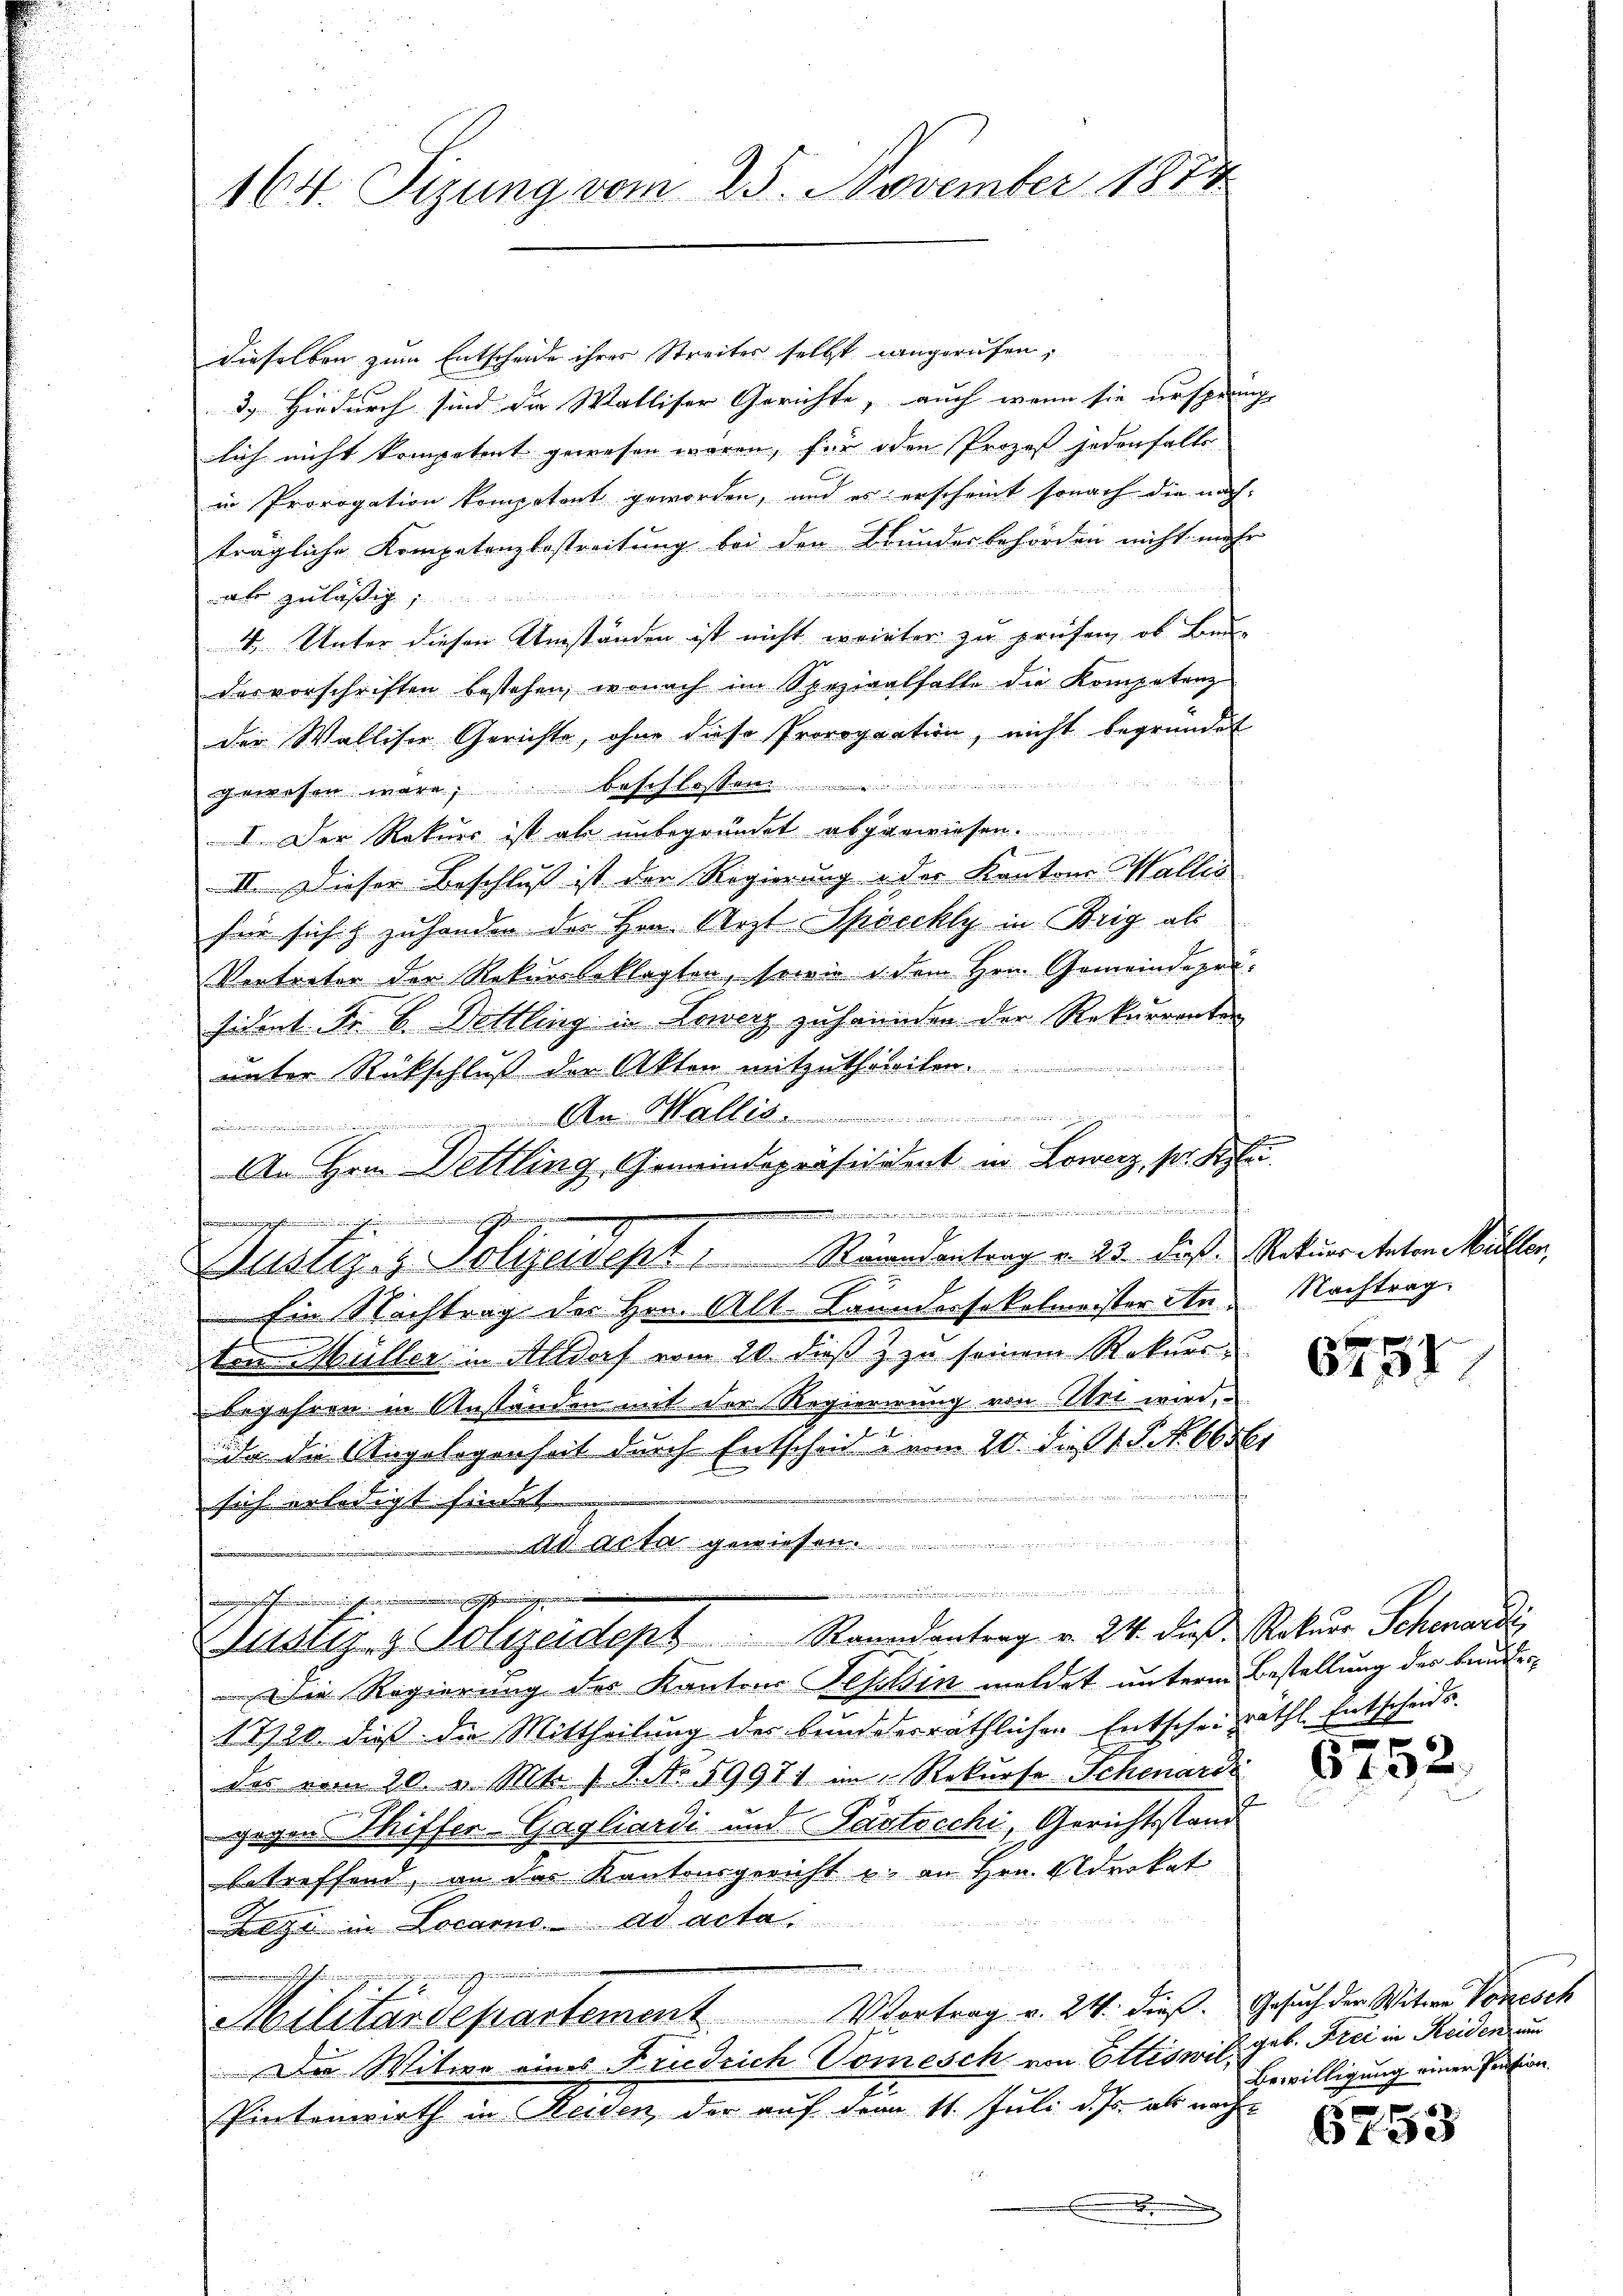
164. Sizung vom 25. November 1874

is angesammen werden.

dieselben zum Entscheide ihrer Streiter selbst angerufen,
3. Hiedurch sind die Walliser Gerichte, auch wenn sie ursprung |
lich nicht kompetent gewesen wären, für den Prozess jedenfalls |
in Prorogation kompetent geworden, und es erscheint sonach die nach:
trägliche Kompetenzbestreitung bei den Bundesbehörden nicht mehr
 echten den
ale zuläßig,
1. Unter diesen Umständen ist nicht weinter zu prüfen, ob Bau-
desvorschriften bestehen, wonach im Spezialfalle die Kompetenz
der Walliser Gerichte, ohne diese Prorogaation, nicht begründet
gewesen wäre, beschlossen
I. Der Rekurs ist als unbegründet abgewiesen.
II. Dieser Beschluß ist der Regierung in der Kantons Wallis
für sich & zuhanden des Hrn. Arzt Spöcchly in Brig als
Vertreter der Rekursbeklagten, sowie u. dem Hrn. Gemeindepri-
sident Fr. 6 Dottling in Lowerz zuhaunden der Rekurrenten
unter Rückschluß der Akten mitzutheilen........................
udienen in den
An Wallis.

An Hrn. Dettling, Gemeindepräsidient in Lowerz, pr. Sept.
..........
.
Mustiz- & Polizeisept Strandantrag u. 23. dieß. Rotuer Anton Müllen,
Ein Nachtrag des Hrn. All. Brundessekelmeister Anten Müller in Altdorf vom 20. dieß zu seinem Rekurs-
begehren in Anständen mit der Regierirung von Wei wird,
da die Angelegenheit durch Entscheid vom 20. dieß 18. No 660kr
sich erledigt findet.
al. Acta gewiesen.
f
e
sehen se
Nustiz- & Polizeidept. Randantrag v. 24. dieß Rekurr Schenardi,
Die Regierung des Kantons Tessin meldet unterm Bestellung des Bauder-
17720 dieß die Mittheilung des bundesräthlichen Entscheiträthl. Entscheids.
das vom 20. v. Mts. f. 1. No. 59971 im Rekurse Schenardi
E
gegen Thiffer-Gagliardi und Pastocchi, Gerichtsstand
betreffend, an das Kantonsgericht u. an Hrn. Adrokat
Lezi in Locarno ad acta.
n
.
Militärdepartement Vortrag v. 24. dieß. Gesuch der Witwe Vorzesch
Die Witwe eines Friedrich Vomesch von Ettiswil, geb. Frei in Reiden un
Pintenwirth in Heiden der auf dem 11. Juli d. Js. als nach
.

Nachtrag.

n

6751

6752.

Bewilligung einer Pension.

6753